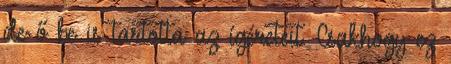
de ő be is tartotta az ígéreteit. Csakhogy ez